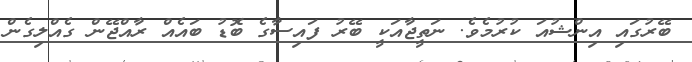
ބޭރުގައި އިންޝުއަ ކުރުމެވެ. ނަތީޖާއަކީ ބޭރު ފައިސާގެ ބޮޑު ބައެއް ރާއްޖޭން ގެއްލިގެން